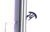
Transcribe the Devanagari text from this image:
रय